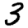
Digit: 3